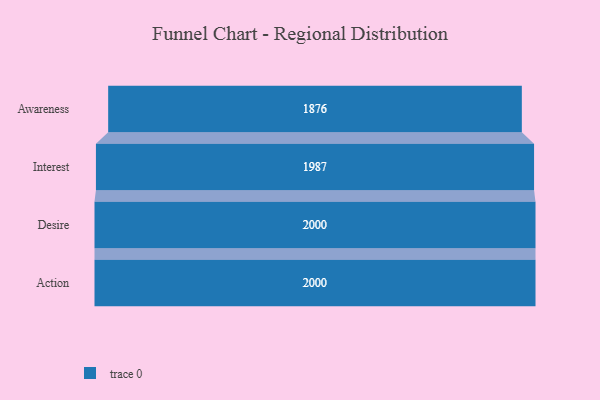
{"axis": {"x": "Stage", "y": "Value"}, "legend": [""], "data": [{"x": "Awareness", "y": 1876.0, "type": ""}, {"x": "Interest", "y": 1987.0, "type": ""}, {"x": "Desire", "y": 2000, "type": ""}, {"x": "Action", "y": 2000, "type": ""}]}